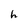
Character: h